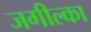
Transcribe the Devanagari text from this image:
जगील्का